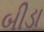
બીડા